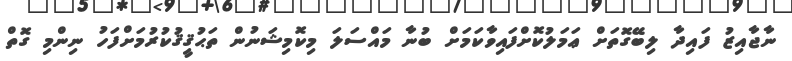
ނާޖާއިޒު ފައިދާ ލިބޭގޮތަށް ޢަމަލުކޮށްފައިވާކަމަށް ބުނާ މައްސަލަ މިކޮމިޝަނުން ތަޙުޤީޤުކުރުމަށްފަހު ނިންމި ގޮތް